Vaccination in Burma 1912-1922 - 1912-1922
Year: 1912
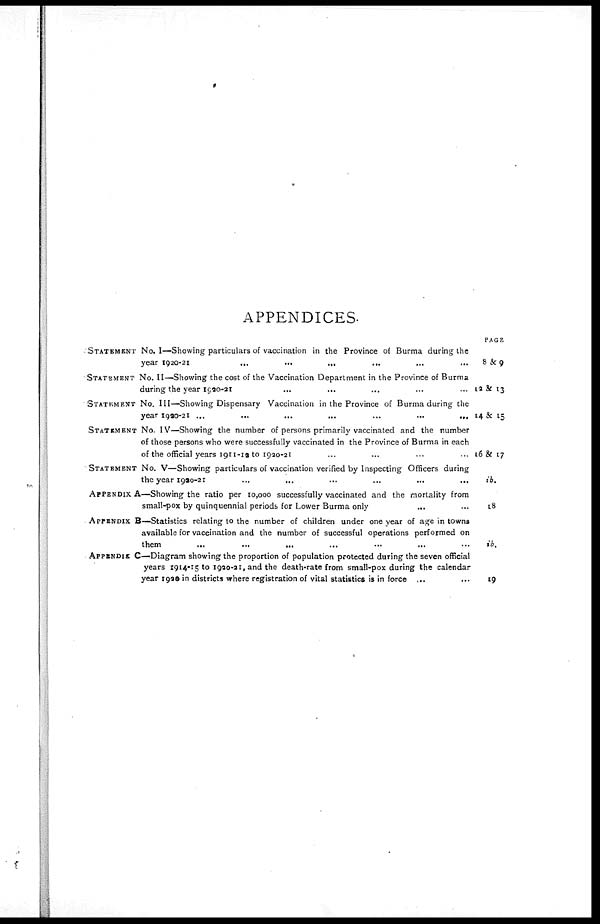
APPENDICES.
STATEMENT NO. I—Showing particulars of vaccination in the Province of Burma during the
year 1920-21
...
...
...
...
...
...
STATEMENT NO. II—Showing the cost of the Vaccination Department in the Province of Burma
during the year 1920-21 ... ... ... ... ... ...
STATEMENT No. III—Showing Dispensary Vaccination in the Province of Burma during the
year 1920-21 ... ... ... ... ... ... ...
STATEMENT No. IV—Showing the number of persons primarily vaccinated and the number
of those persons who were successfully vaccinated in the Province of Burma in each
of the official years 1911-12 to 1920-21 ... ... ... ... ... ...
STATEMENT No. V—Showing particulars of vaccination verified by Inspecting Officers during
the year 1920-21 ... ... ... ... ... ...
APPENDIX A—Showing the ratio per 10,000 successfully vaccinated and the mortality from
small-pox by quinquennial periods for Lower Burma only
...
...
...
APPENDIX B—Statistics relating to the number of children under one year of age in towns
available for vaccination and the number of successful operations performed on
them ... ... ... ... ... ...
APPENDIX C—Diagram showing the proportion of population protected during the seven official
years 1914-15 to 1920-21, and the death-rate from small-pox during the calendar
year 1920 in districts where registration of vital statistics is in force ... ...
PAGE
8 &9
12 & 13
14 & 15
16 & 17
ib.
18
ib.
19